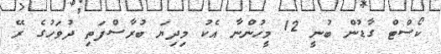
ކޯސްޓް ގާޑުން ބުނީ 12 މީހުންނާ އެކު މިދިޔަ ބުރާސްފަތި ދުވަހުގެ ރޭ